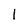
Character: 1